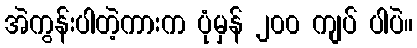
အဲကွန်းပါတဲ့ကားက ပုံမှန် ၂၀၀ ကျပ် ပါပဲ။